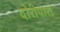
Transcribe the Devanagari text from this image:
दोरीपारा